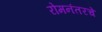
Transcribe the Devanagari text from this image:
रोमनंतरचे